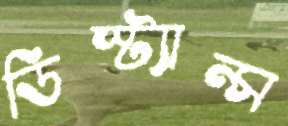
ডিস্ট্যান্স